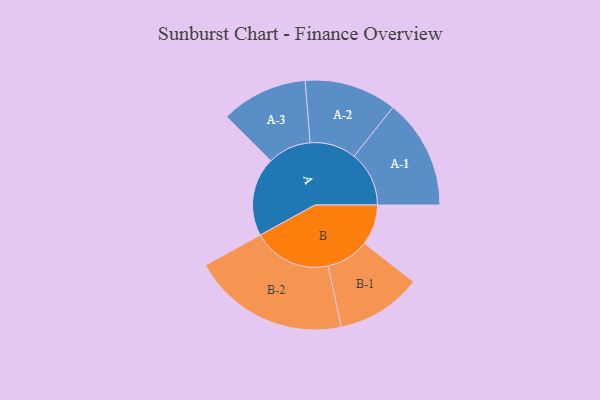
{"axis": {"x": "Segment", "y": "Value"}, "legend": ["", "A", "B"], "data": [{"x": "A", "y": 251, "type": ""}, {"x": "B", "y": 129, "type": ""}, {"x": "A-1", "y": 175, "type": "A"}, {"x": "A-2", "y": 147, "type": "A"}, {"x": "A-3", "y": 138, "type": "A"}, {"x": "B-1", "y": 136, "type": "B"}, {"x": "B-2", "y": 250, "type": "B"}]}